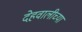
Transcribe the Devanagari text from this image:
देहवालीच्या